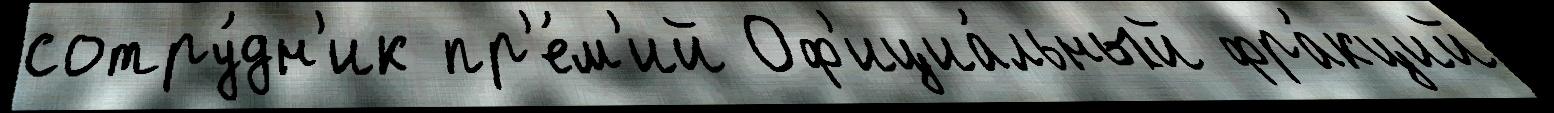
сотру́дн'ик пр'е́м'ий Оф'ициа́льный фра́кций